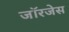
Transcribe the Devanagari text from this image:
जॉरजेस